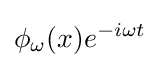
\phi _{\omega }(x)e^{-i\omega t}